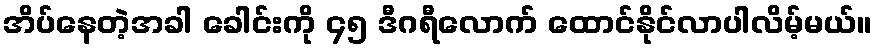
အိပ်နေတဲ့အခါ ခေါင်းကို ၄၅ ဒီဂရီလောက် ထောင်နိုင်လာပါလိမ့်မယ်။